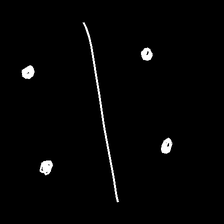
Glyph: cool